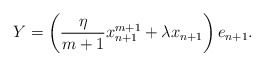
\begin{align*}Y=\left(\frac{\eta}{m+1}x_{n+1}^{m+1}+\lambda x_{n+1}\right)e_{n+1}.\end{align*}